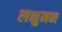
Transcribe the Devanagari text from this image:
लक्षुमन